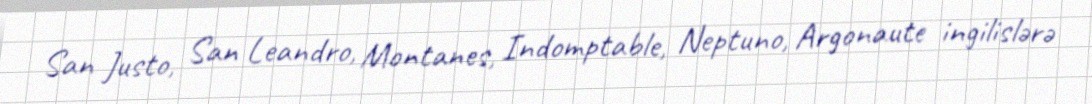
San Justo, San Leandro, Montanes, Indomptable, Neptuno, Argonaute ingilislərə